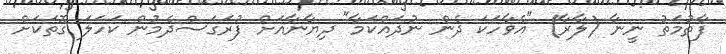
ފާތުމަތު ނީނާ (ލާރާ) "އެވާހަކަ ދެން ނުދައްކަމާ" ދިޔާނާއަށް ފުރަގަސްދެމުން ކަހަލަ ގޮތަކަށް